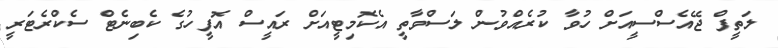
ލަތީފް ޖޭއެސްސީއަށް ހުވާ ކުރެއްވުން ލަސްވާތީ އެކޮމިޓީއަށް ރައީސް އޮފީހުގެ ކެބިނެޓް ސެކްރެޓަރީ